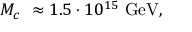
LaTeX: M _ { c \mathrm { ~ } } \approx 1 . 5 \cdot 1 0 ^ { 1 5 } \mathrm { ~ G e V , }